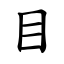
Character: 目